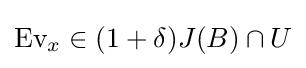
{\text{Ev}}_{x}\in (1+\delta )J(B)\cap U